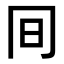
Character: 𠕌